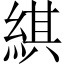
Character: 綨